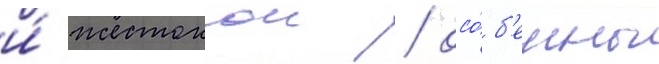
и́ жестокои / осо́б'енно